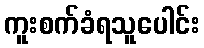
ကူးစက်ခံရသူပေါင်း